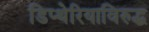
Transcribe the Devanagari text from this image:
डिप्थेरियाविरुद्ध